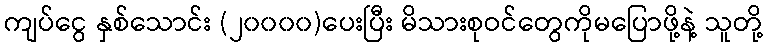
ကျပ်ငွေ နှစ်သောင်း (၂၀၀၀၀)ပေးပြီး မိသားစုဝင်တွေကိုမပြောဖို့နဲ့ သူတို့